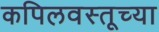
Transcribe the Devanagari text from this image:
कपिलवस्तूच्या